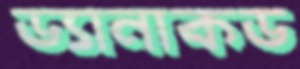
ড্যানাকড